Report on vaccination in Madras 1904-1921 - 1904-1921
Year: 1904
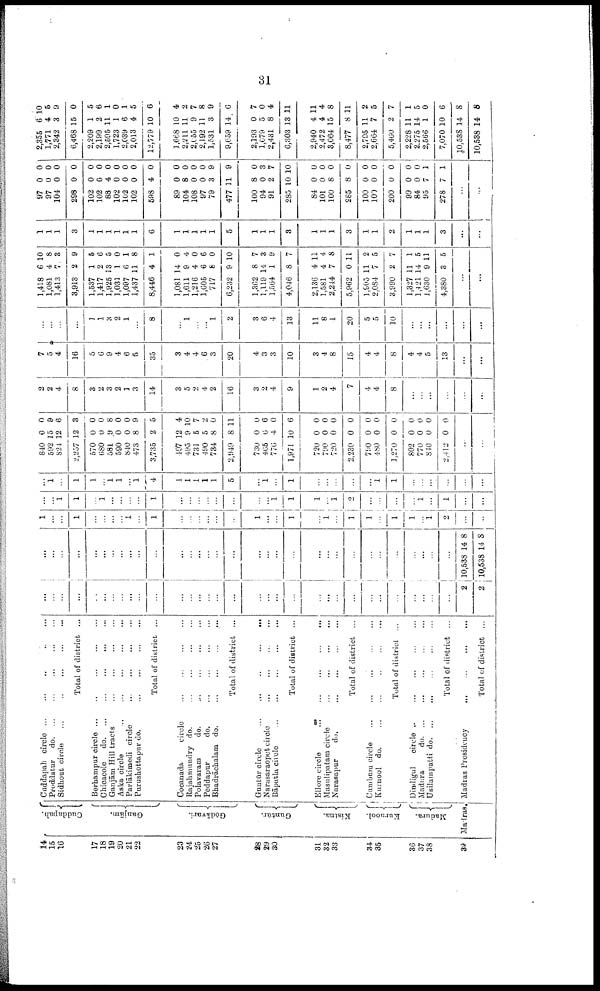
31
14
15
16
17
18
19
20
21
22
23
24
25
26
27
28
29
30
31
32
33
34
35
36
37
38
39
Cuddapah.
Ganjām.
Godāvari.
Guntūr.
Kistna.
Kurnool.
Madura.
Madras.
Cuddapah circle
...
...
...
...
...
Proddatur
d
o
. ... ... ... ... ...
Sidhout circle
...
...
...
...
...
Total of district ...
Berhampur circle
...
...
...
...
...
Chicacole
d
o
. ... ... ... ... ...
Ganjām Hill tracts
...
...
...
...
Aska circle
...
...
...
...
...
Parlākimedi circle
...
...
...
...
...
Purushottapur do.
...
...
...
...
...
Total of district ...
Cocanada
circle
...
...
...
...
...
Rajahmundry do.
...
...
...
...
...
Polavaram
do.
...
...
...
...
...
Peddapur
do.
...
...
...
...
...
Bhadrāchalam do.
...
...
...
...
...
Total of district ...
Guntūr circle
...
...
...
...
...
Narasaraopet circle ... ... ... ... ...
Bāpatla circle
...
...
...
...
...
Total of district ...
Ellore circle
...
...
...
...
...
Masulipatam circle
...
...
...
...
...
Narasapur
do.
...
...
...
...
...
Total of district ...
Cumbum circle ... ... ... ... ...
Kurnool do.
...
...
...
...
...
Total of district ...
Dindigul
circle
...
...
...
...
...
Madura
d
o
. ... ... ... ... ...
Usilampatti d
o
. ... ... ... ... ...
Total of district ...
Madras Presidency
...
...
...
...
Total of district ...
...
...
...
...
...
...
...
...
...
...
...
...
...
...
...
...
...
...
...
...
...
...
...
...
...
...
...
...
...
...
...
...
2
2
...
...
...
...
...
...
...
...
...
...
...
...
...
...
...
...
...
...
...
...
...
...
...
...
...
...
...
...
...
...
...
...
10,538
10,538
14
14
8
8
1
...
...
1
...
...
...
...
1
...
1
...
...
...
...
...
...
1
...
...
1
...
1
...
1
1
...
1
1
...
1
2
...
...
...
...
1
1
...
1
...
...
...
...
1
...
...
...
...
...
...
...
...
1
1
...
...
1
2
...
...
...
...
1
...
1
...
...
...
1
...
1
1
...
1
1
...
1
4
1
1
1
1
1
5
...
1
...
1
...
...
...
...
...
1
1
...
...
...
...
...
...
840
592
824
2,257
570
680
581
590
840
473
3,735
497
495
731
490
734
2,949
730
465
776
1,971
720
790
720
2,230
790
480
1,270
802
770
810
2,412
0
15
12
12
0
0
9
0
0
8
2
12
9
5
5
8
8
0
6
4
10
0
0
0
0
0
0
0
0
0
0
0
0
9
6
3
0
0
8
0
0
9
5
4
10
7
2
0
11
0
6
0
6
0
0
0
0
0
0
0
0
0
0
0
...
...
2
2
4
8
3
2
3
2
1
3
14
3
5
2
4
2
16
3
2
4
9
1
2
4
7
4
4
8
...
0
...
...
...
...
7
5
4
16
5
6
9
4
6
5
35
3
4
4
6
3
20
4
3
3
10
3
4
8
15
4
4
8
4
4
5
13
...
...
...
...
...
...
1
1
3
2
1
...
8
...
1
...
...
1
2
3
6
4
13
11
8
1
20
5
5
10
...
...
...
...
...
...
1,418
1,081
1,413
3,913
1,537
1,417
1,925
1,031
1,097
1,437
8,446
1,081
1,611
1,216
1,605
717
6,232
1,362
1,119
1,564
4,046
2,136
1,581
2,244
5,962
1,905
2,084
3,990
1,327
1,421
1,630
4,380
6
4
7
2
1
2
13
1
6
11
4
14
9
4
6
8
9
8
14
1
8
4
4
7
0
11
7
2
11
14
9
3
10
8
3
9
5
6
5
0
1
8
1
0
4
0
6
0
10
7
3
9
7
11
4
8
11
2
5
7
1
5
11
5
...
...
1
1
1
3
1
1
1
1
1
1
6
1
1
1
1
1
5
1
1
1
3
1
1
1
3
1
1
2
1
1
1
3
...
...
97
97
104
298
102
102
88
102
102
102
598
89
104
108
97
79
477
100
94
91
285
84
101
100
285
100
100
200
99
84
95
278
0
0
0
0
0
0
4
0
0
0
4
0
8
0
0
3
11
8
0
2
10
0
0
8
8
0
0
0
0
0
7
7
0
0
0
0
0
0
0
0
0
0
0
0
0
0
0
9
9
0
3
7
10
0
0
0
0
0
0
0
0
0
1
1
...
...
2,355
1,771
2,342
6,468
2,209
2,199
2,595
1,723
2,039
2,013
12,779
1,668
2,211
2,055
2,192
1,531
9,659
2,193
1,679
2,431
6,303
2,940
2,472
3,064
8,477
2,795
2,664
5,460
2,228
2,275
2,566
7,070
10,538
10,538
6
4
3
15
1
2
11
1
6
4
10
10
11
9
11
3
14
0
5
8
13
4
4
15
8
11
7
2
11
14
1
10
14
14
10
5
9
0
5
6
1
0
1
5
6
4
2
7
8
9
6
7
0
4
11
11
4
8
11
2
5
7
1
5
0
6
8
8